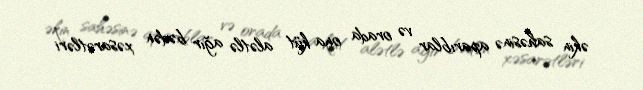
əkin sahəsinə aparıblar və orada ona küt alətlə ağır bədən xəsarətləri